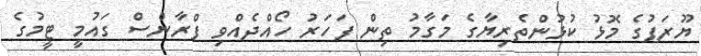
ޔޫރަޕުގެ މޮޅު ކުޅުންތެރިޔާގެ މަގާމު ތިން ފަހަރު ހޯއްދެއްވި ފްރާންސް ގައުމީ ޓީމުގެ